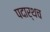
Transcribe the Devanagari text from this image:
पदार्थच